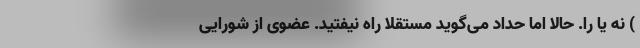
) نه یا را. حالا اما حداد می‌گوید مستقلا راه نیفتید. عضوی از شورایی